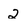
Character: 2